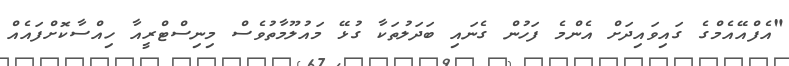
"އެފްއޭއެމްގެ ގައިވައިދަށް އެންމެ ފަހުން ގެނައި ބަދަލުތަކާ ގުޅޭ މައުލޫމާތުވެސް މިނިސްޓްރީއާ ހިއްސާކޮށްފައެއް